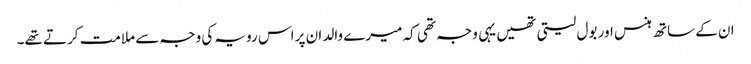
ان کے ساتھ ہنس اور بول لیتی تھیں یہی وجہ تھی کہ میرے والد ان پر اس رویہ کی وجہ سے ملامت کرتے تھے۔